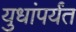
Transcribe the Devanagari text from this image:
युधांपर्यंत